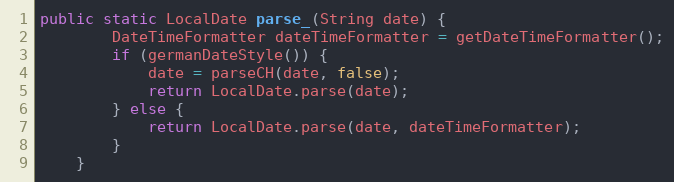
Language: Java
public static LocalDate parse_(String date) {
		DateTimeFormatter dateTimeFormatter = getDateTimeFormatter();
		if (germanDateStyle()) {
			date = parseCH(date, false);
			return LocalDate.parse(date);
		} else {
			return LocalDate.parse(date, dateTimeFormatter);
		}
	}